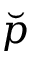
\breve { p }